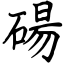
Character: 碭